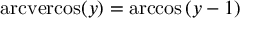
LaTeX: \operatorname { a r c v e r c o s } ( y ) = \operatorname { a r c c o s } \left( y - 1 \right)